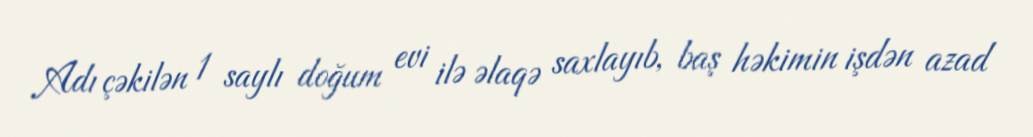
Adı çəkilən 1 saylı doğum evi ilə əlaqə saxlayıb, baş həkimin işdən azad